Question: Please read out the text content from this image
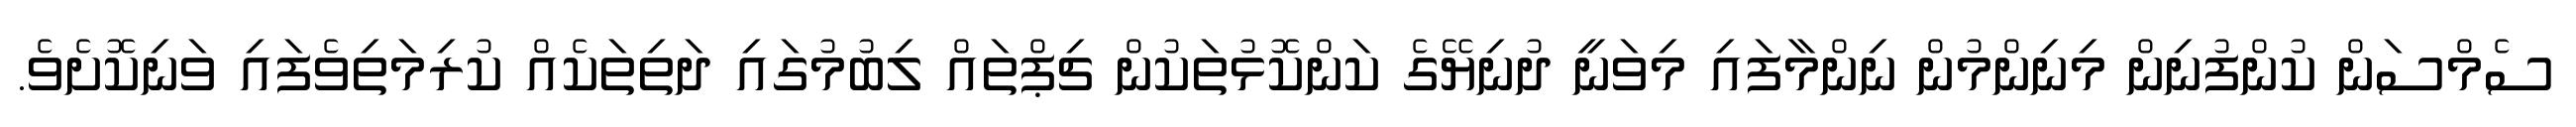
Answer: ސެމްސަން ކުންފުނިން މިނިންމުން ނިންމާފައި މިވަނީ ދުނިޔޭގެ ކަންކޮޅުތަކުން ޗިޕްތައް ލިބުމުގައި ދަތިތަކެއް ކުރިމަތިވެފައި ވަނިކޮށެވެ.